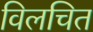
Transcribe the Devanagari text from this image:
विलचित